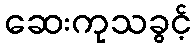
ဆေးကုသခွင့်